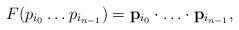
LaTeX: \begin{align*}F(p_{i_0}\ldots p_{i_{n-1}})=\mathbf{p}_{i_0}\cdot\ldots\cdot\mathbf{p}_{i_{n-1}},\end{align*}